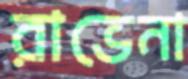
রাভেনা